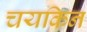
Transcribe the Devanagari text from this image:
चयकिन